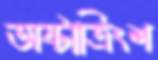
অষ্টাত্রিংশ